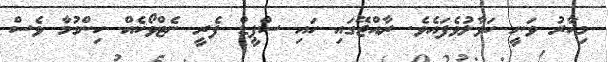
މިހާރު ވަނީ ހަވާލުވެފައެވެ. ރާއްޖޭގައި ހައި ސްޕީޑް ފެރީ ނެޓްވޯކެއް ހިންގުމާ ވެސް